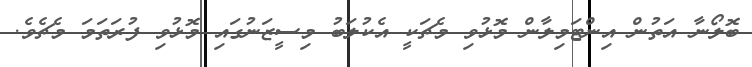
ބޮލޯނާ އަތުން އިންޓަމިލާން މޮޅުވި މެޗަކީ އެކުލަބު މިސީޒަނުގައި މޮޅުވި ފުރަތަމަ މެޗެވެ.